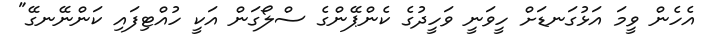
އެހެން ވީމަ އަޅުގަނޑަށް ހީވަނީ ވަހީދުގެ ކެންޕޭންގެ ސްލޯގަން އަކީ ހުއްޓިފައި ކަންނޭނގޭ"